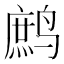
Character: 鹧